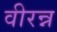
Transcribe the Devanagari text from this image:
वीरन्न